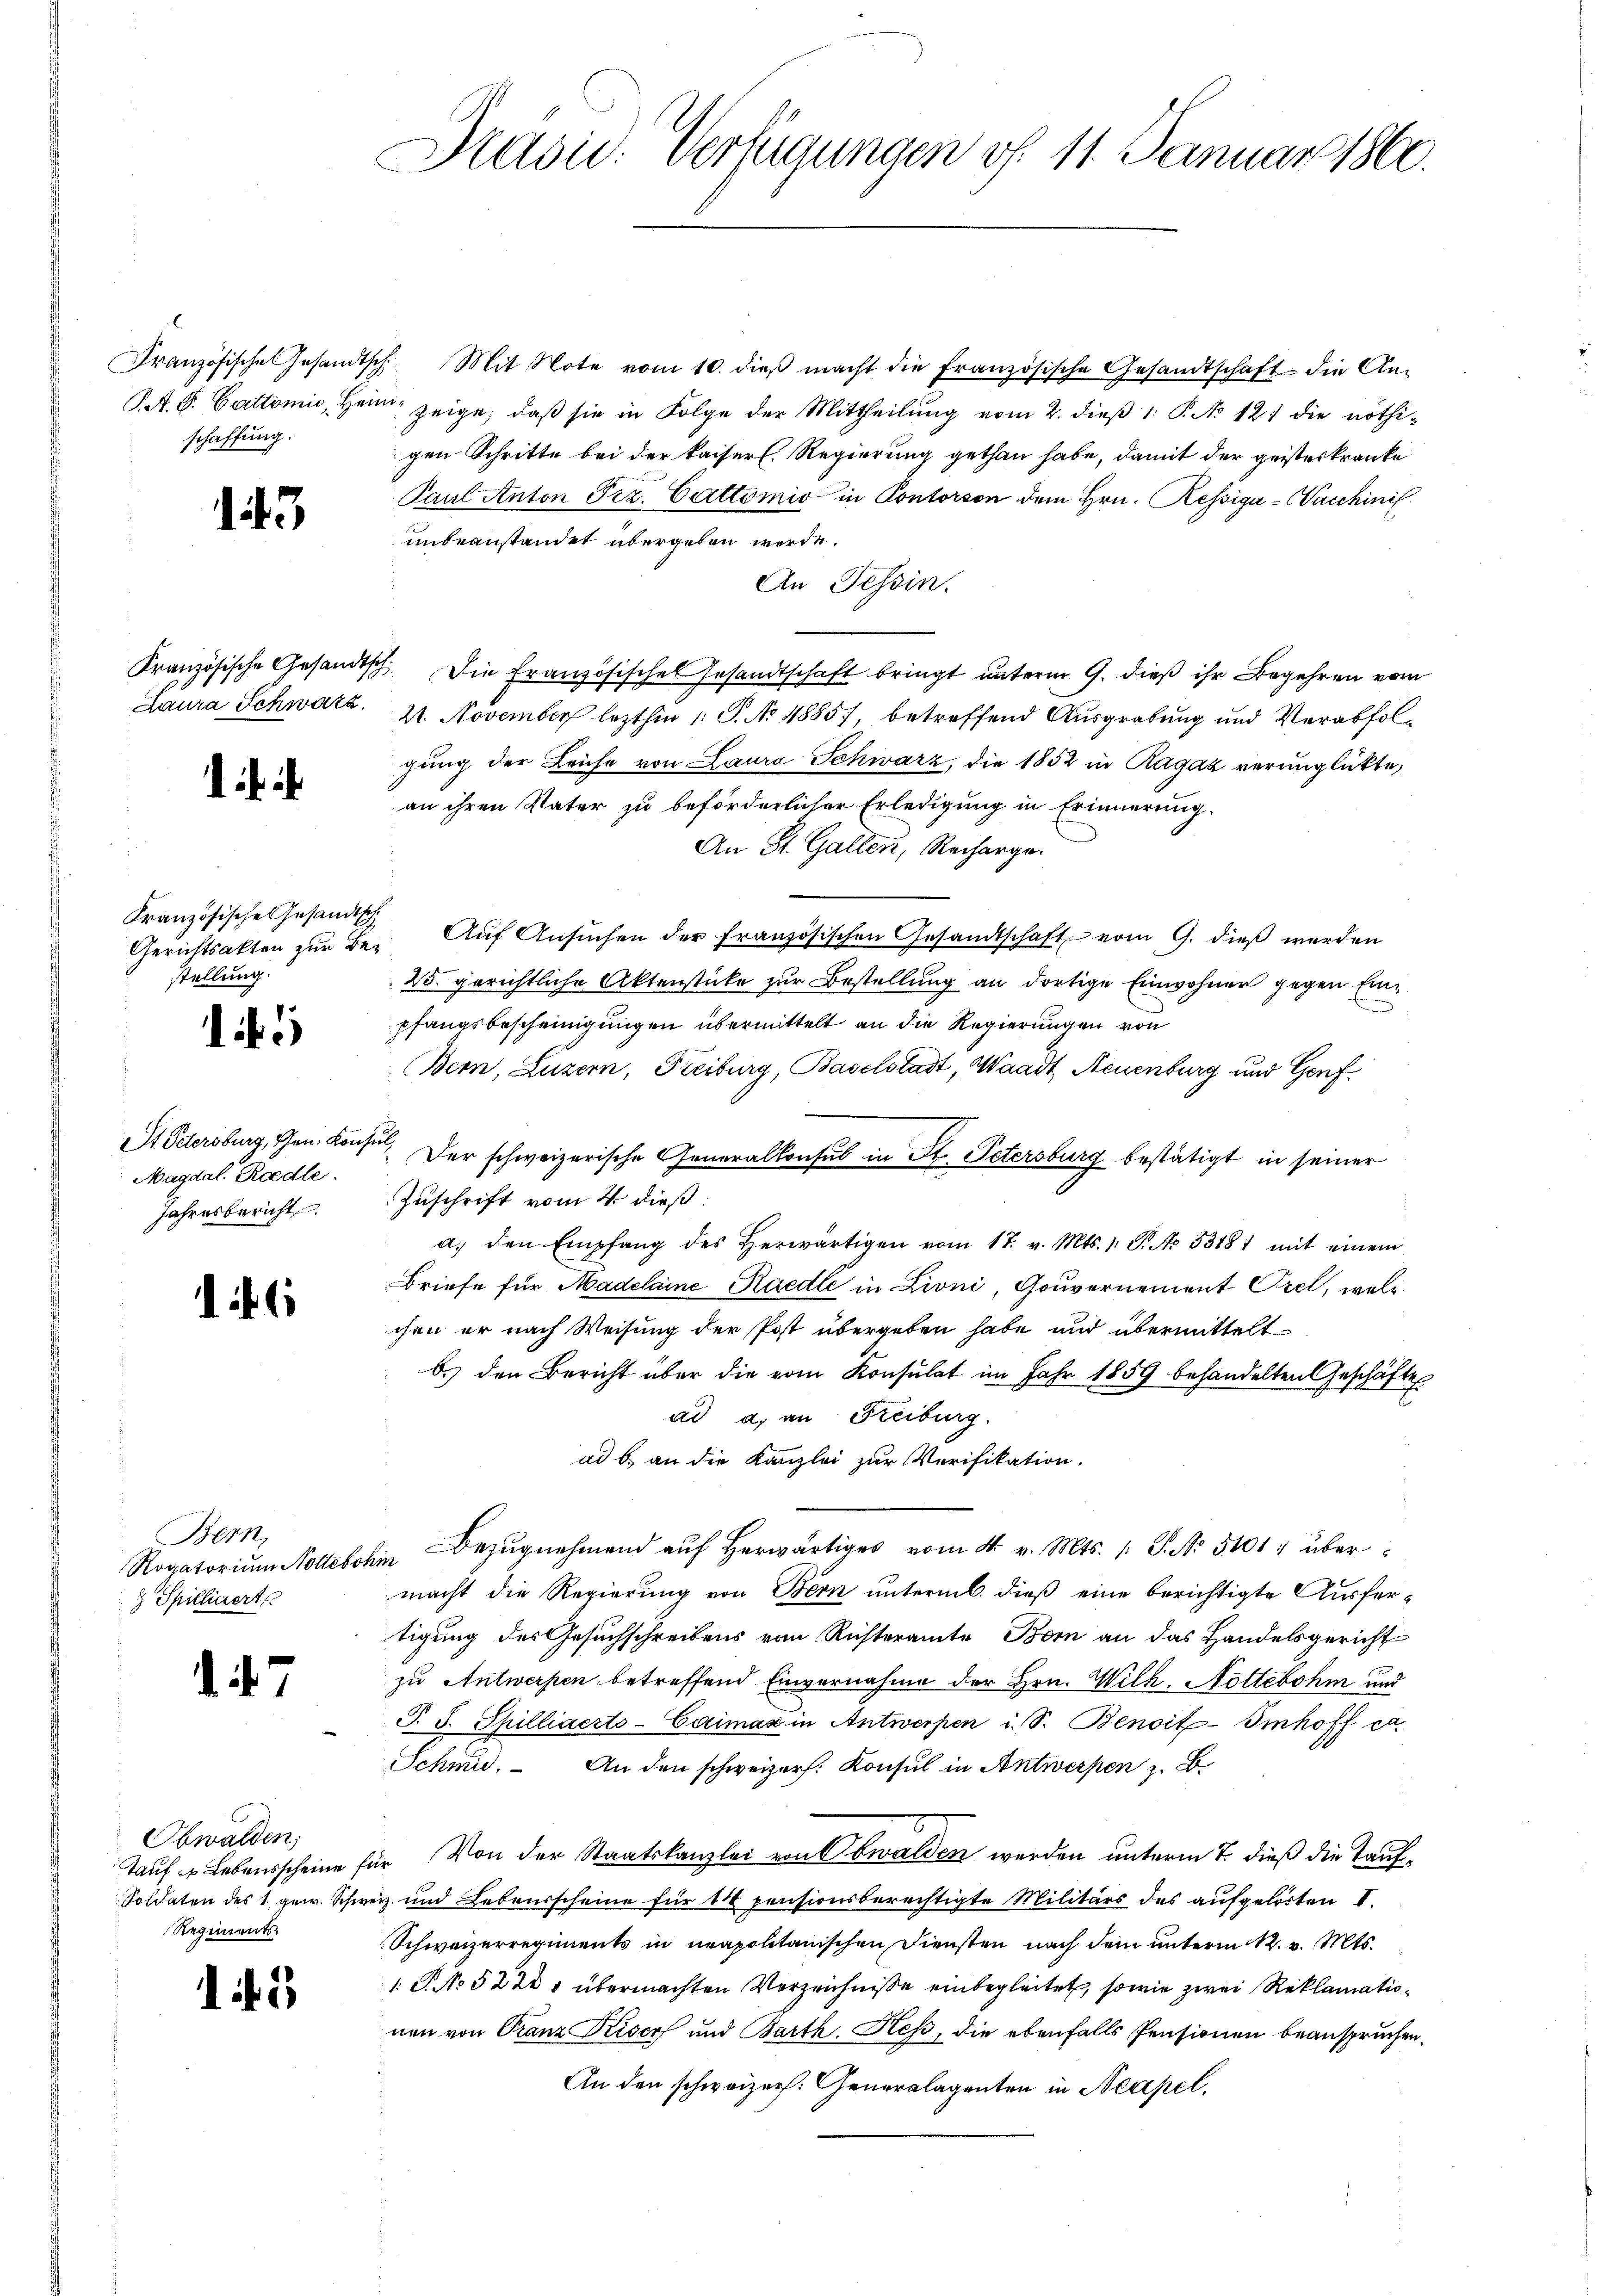
schaffung.

143

Laura Schwarz

Französische Gesandtsch
Gerichtsakten zur Bestellung.

i

St. Petersburg, Gen. Konse
Magdal. Riedle
Jahresbericht

Bern,
 Spilligert

d. d. 7.

Obwalden,
Tauf ds Lebensscheine f
Soldaten des 1 gew. Schwe
Regiments

11

Präsid. Verfügungen f. 11. Januar 1860.

Französische Gesandtsch. Mit Note vom 10. dieβ macht die französische Gesandtschaft die An-
SA. S. Cattonio, Heim zeige, daß sie in Folge der Mittheilung vom 2. dieβ 1: P. No 121 die nöthigen Schritte bei der kaiserl. Regierung gethan habe, damit der geisteskranke
Paul Anton Frz. Cattomie in Contorson dem Hrn. Kessiga - Waschinis
unbeanstandet übergeben werde.
An Tessin.
Französische Gesandtsch. Die Französisches Gesandtschaft bringt unterm 9. dieß ihr Begehren vom
21. November lezthin 1 S. No 4885), betreffend Ausgrabung und Verabfolgung der Leiche von Laura Schwarz, die 1852 in Ragaz verunglückte,
an ihren Vater zu beförderlicher Erledigung in Erinnerung.
An St. Gallen, Recharge.
Auf Ansuchen der französischen Gesandtschaft vom 9. dieß werden
25. gerichtliche Aktenstücke zur Bestellung an dortige Einwohner gegen Einpfangsbescheinigungen übermittelt an die Regierungen von
Bern, Luzern, Freiburg, Baselstadt, Waadt, Neuenburg und Genf¬
u
Der schweizerische Generalkonsul in St. Petersburg bestätigt in seiner
Zuschrift vom 4. dieß:
a. den Empfang des herwärtigen vom 17. v. Mts. 1. P. Nr. 53181 mit einem
BBriefe für Madelaine Raedle in Lioni, Gouvernement Orel, welc
chen er nach Weisung der Post übergeben habe und übermittelt
b.) den Bericht über die vom Konsulat im Jahr 1859 behandelten Geschäfte
ad a. an Freiburg.
ad b. an die Kanzlei zur Verifikation.
Rogatoriŭm Nottebhin Bezŭgnehmend aŭf herwärtiges vom 4. v. Mts. /: P. No 5101; übermacht die Regierung von Bern unterml. dieß eine berichtigte Ausfertigung des Gesuchschreibens von Richteramte Bern an das Handelsgericht
zu Antwerpen betreffend Einvernahme der Hrn. Wilh. Nottebohm und
J. J. Spilliaerts-Caimas in Antwerpen i. S. Benoit-Imhoff ca.
Schmid. An den schweizer. Konsul in Antwerpen z.
r Von der Staatskanzlei von Obwalden werden unterm 7. dieß die Taufeiz und Lebensscheine für 14 pensionsberechtigte Militärs des aufgelösten I.
Schweizerregiments in neapolitanischen Diensten nach dem unterm 12. v. Mts.
1. P. No 522 1 übermachten Verzeichnisse einbegleitet, sowie zwei Reklamationen von Franz Kisers und Barth. Heß, die ebenfalls Pensionen beanspruchen.
An den schweizer. Generalagenten in Neapel,